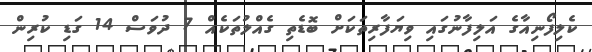
ކެލިފޯނިއާގެ އަލިފާނުގައި ވިޔަފާރިތަކަށް ބޮޑެތި ގެއްލުތަކެއް 7 ދުވަސް 14 ގަޑި ކުރިން